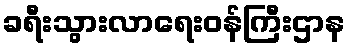
ခရီးသွားလာရေးဝန်ကြီးဌာန